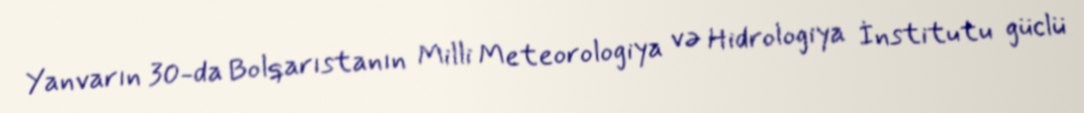
Yanvarın 30-da Bolqarıstanın Milli Meteorologiya və Hidrologiya İnstitutu güclü